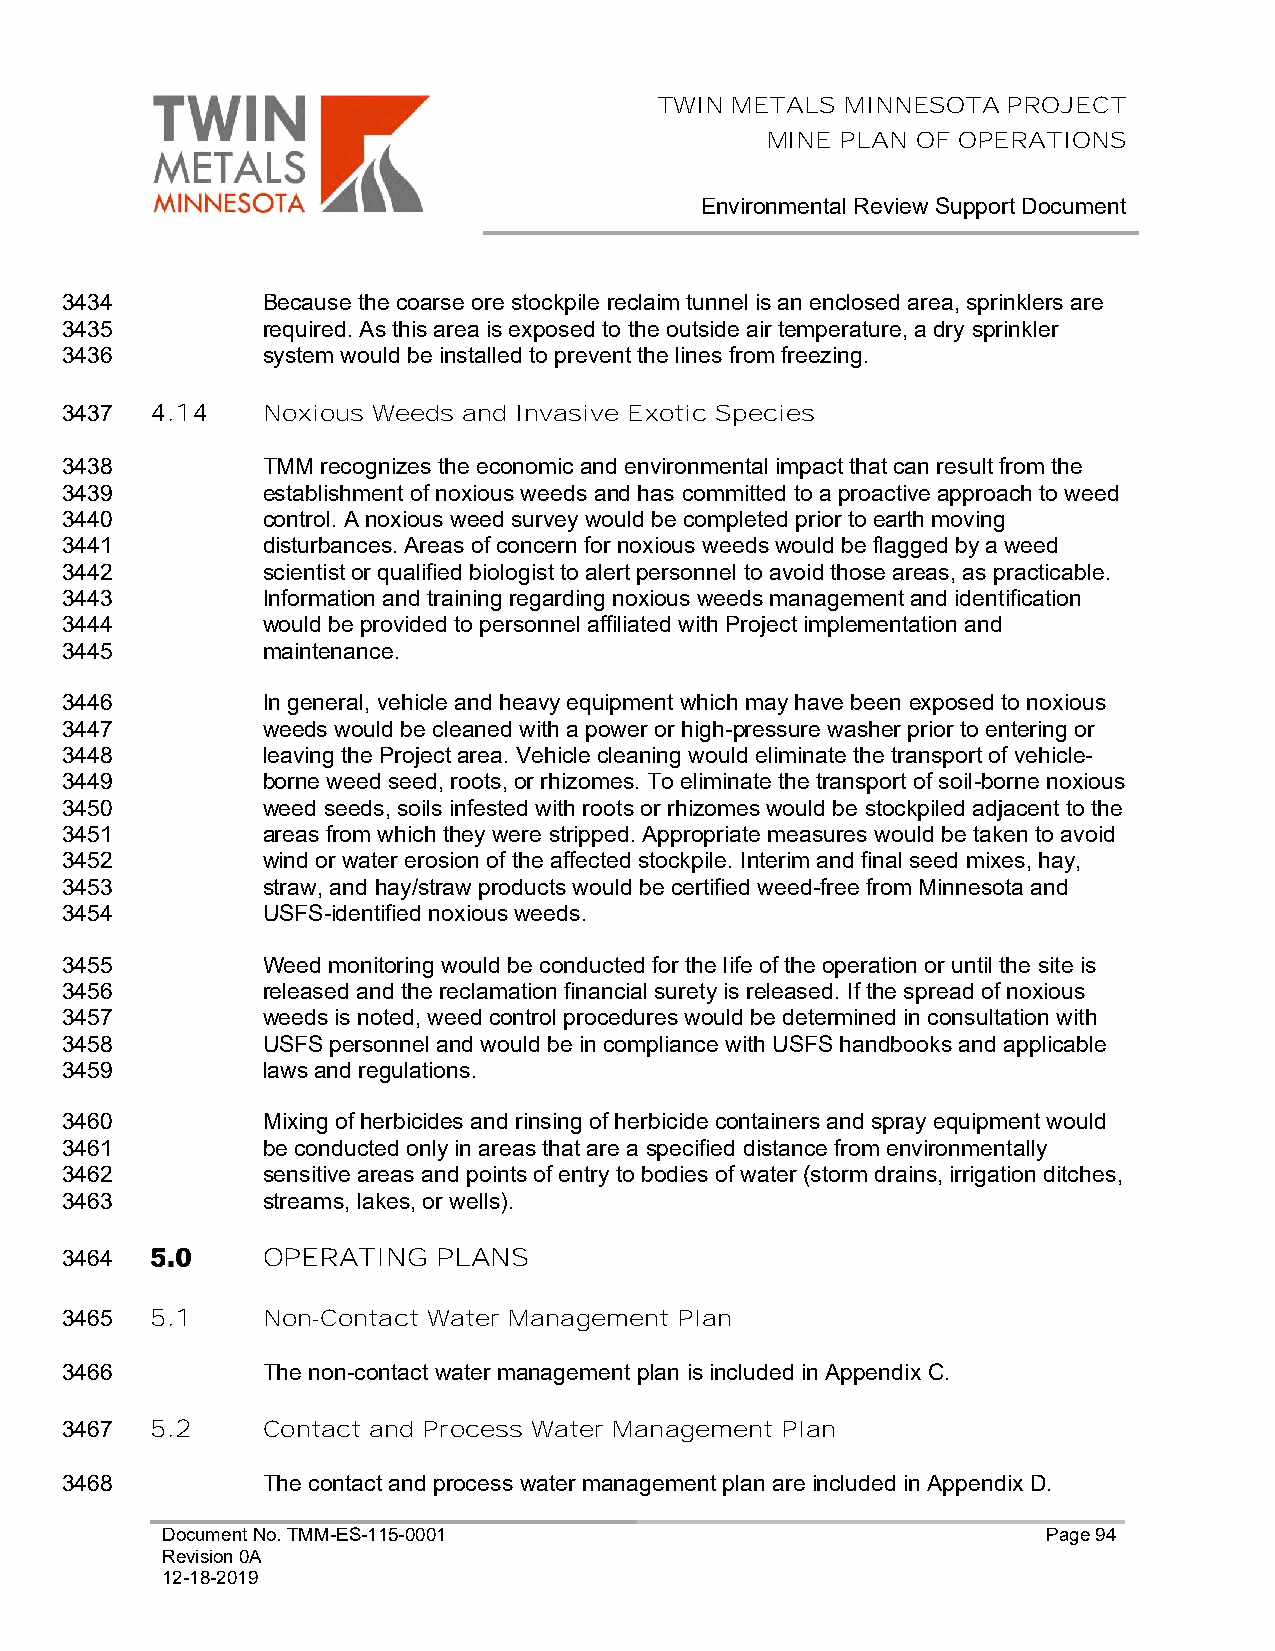
TWIN METALS MINNESOTA  PROJECT
 MINE PLAN OF OPERATIONS
 Environmental Review Support Document
 3434         Because the coarse ore stockpile reclaim tunnel is an enclosed area, sprinklers are
 3435         required. As this area is exposed to the outside air temperature, a dry sprinkler
 3436         system would be installed to prevent the lines from freezing.
 3437  4.14   Noxious Weeds and Invasive Exotic Species
 3438         TMM recognizes the economic and environmental impact that can result from the
 3439         establishment of noxious weeds and has committed to a proactive approach to weed
 3440         control. A noxious weed survey would be completed prior to earth moving
 3441         disturbances. Areas of concern for noxious weeds would be flagged by a weed
 3442         scientist or qualified biologist to alert personnel to avoid those areas, as practicable.
 3443         Information and training regarding noxious weeds management and identification
 3444         would be provided to personnel affiliated with Project implementation and
 3445         maintenance.
 3446         In general, vehicle and heavy equipment which may have been exposed to noxious
 3447         weeds would be cleaned with a power or high-pressure washer prior to entering or
 3448         leaving the Project area. Vehicle cleaning would eliminate the transport of vehicle-
 3449         borne weed seed, roots, or rhizomes. To eliminate the transport of soil-borne noxious
 3450         weed seeds, soils infested with roots or rhizomes would be stockpiled adjacent to the
 3451         areas from which they were stripped. Appropriate measures would be taken to avoid
 3452         wind or water erosion of the affected stockpile. Interim and final seed mixes, hay,
 3453         straw, and hay/straw products would be certified weed-free from Minnesota and
 3454         USFS-identified noxious weeds.
 3455         Weed monitoring would be conducted for the life of the operation or until the site is
 3456         released and the reclamation financial surety is released. If the spread of noxious
 3457         weeds is noted, weed control procedures would be determined in consultation with
 3458         USFS personnel and would be in compliance with USFS handbooks and applicable
 3459         laws and regulations.
 3460         Mixing of herbicides and rinsing of herbicide containers and spray equipment would
 3461         be conducted only in areas that are a specified distance from environmentally
 3462         sensitive areas and points of entry to bodies of water (storm drains, irrigation ditches,
 3463         streams, lakes, or wells).
 3464         OPERATING   PLANS
 3465  5.1    Non-Contact Water Management Plan
 3466         The non-contact water management plan is included in Appendix C.
 3467  5.2    Contact and Process Water Management Plan
 3468         The contact and process water management plan are included in Appendix D.
 Document No. TMM-ES-115-0001                              Page 94
 Revision 0A
 12-18-2019